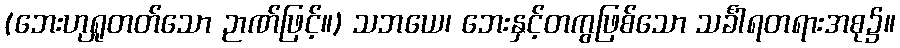
(ဘေးဟုရှုတတ်သော ဉာဏ်ဖြင့်။) သဘယေ၊ ဘေးနှင့်တကွဖြစ်သော သင်္ခါရတရားအစု၌။